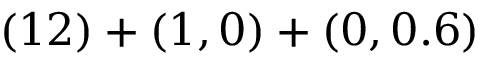
( 1 2 ) + ( 1 , 0 ) + ( 0 , 0 . 6 )